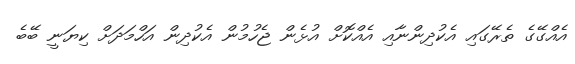
އެއްގޭގެ ތެރޭގައި އެކުދިންނާއި އެއްކޮށް އުޅެން ޖެހުމުން އެކުދިން އަހްމަދަށް ކިޔަނީ ބޭބެ